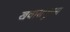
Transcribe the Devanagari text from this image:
खवासपुरास